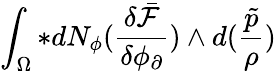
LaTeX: \int_{\Omega}\ast dN_{\phi}(\frac{\delta\bar{\mathcal{F}}}{\delta\phi_{\partial}})\wedge d(\frac{\tilde{p}}{\rho})